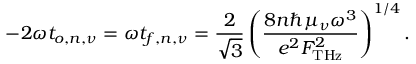
- 2 \omega t _ { o , n , \nu } = \omega t _ { f , n , \nu } = \frac { 2 } { \sqrt { 3 } } \left( \frac { 8 n \hbar \mu _ { \nu } \omega ^ { 3 } } { e ^ { 2 } F _ { \mathrm { { T H z } } } ^ { 2 } } \right) ^ { 1 / 4 } .